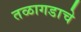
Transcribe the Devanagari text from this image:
तळागडाचे